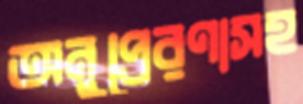
অনুপ্রেরণাসহ